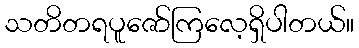
သတိတရပူဇော်ကြလေ့ရှိပါတယ်။